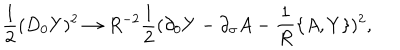
{ \frac { 1 } { 2 } } ( D _ { 0 } Y ) ^ { 2 } \rightarrow R ^ { - 2 } { \frac { 1 } { 2 } } ( \partial _ { 0 } Y - \partial _ { \sigma } A - { \frac { 1 } { R } } \{ A , Y \} ) ^ { 2 } ,